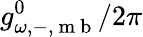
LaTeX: g_{\omega,-,\mathrm{~m~b~}}^{0}/2\pi